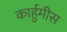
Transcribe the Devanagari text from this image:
कार्हुमीस